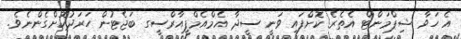
އެ ހަވާ ޝިޕްމަންޓް އެތެރެ ކޮށްފައި ވަނީ ސީދާ އެމްއެމްޕީއާރްސީގ ބަޖެޓުން ހަރަދުކޮށްގެންނެވެ.